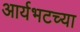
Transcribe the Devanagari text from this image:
आर्यभटच्या